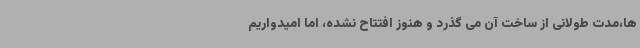
ها،مدت طولانی از ساخت آن می گذرد و هنوز افتتاح نشده، اما امیدواریم